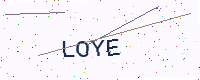
Text: LOYE